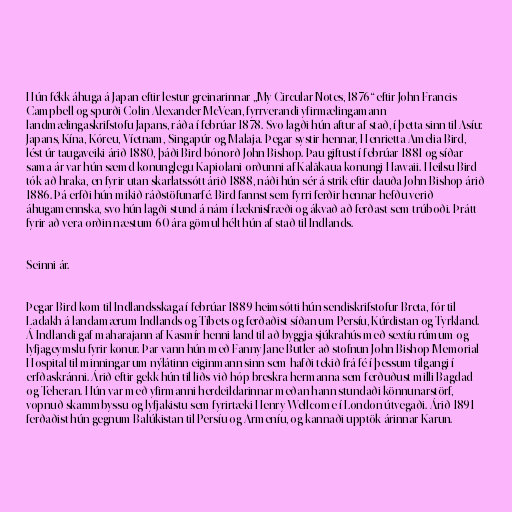
Hún fékk áhuga á Japan eftir lestur greinarinnar „My Circular Notes, 1876“ eftir John Francis
Campbell og spurði Colin Alexander McVean, fyrrverandi yfirmælingamann
landmælingaskrifstofu Japans, ráða í febrúar 1878. Svo lagði hún aftur af stað, í þetta sinn til Asíu:
Japans, Kína, Kóreu, Víetnam, Singapúr og Malaja. Þegar systir hennar, Henrietta Amelia Bird,
lést úr taugaveiki árið 1880, þáði Bird bónorð John Bishop. Þau giftust í febrúar 1881 og síðar
sama ár var hún sæmd konunglegu Kapiolani-orðunni af Kalākaua konungi Hawaii. Heilsu Bird
tók að hraka, en fyrir utan skarlatssótt árið 1888, náði hún sér á strik eftir dauða John Bishop árið
1886. Þá erfði hún mikið ráðstöfunarfé. Bird fannst sem fyrri ferðir hennar hefðu verið
áhugamennska, svo hún lagði stund á nám í læknisfræði og ákvað að ferðast sem trúboði. Þrátt
fyrir að vera orðin næstum 60 ára gömul hélt hún af stað til Indlands.

Seinni ár.

Þegar Bird kom til Indlandsskaga í febrúar 1889 heimsótti hún sendiskrifstofur Breta, fór til
Ladakh á landamærum Indlands og Tíbets og ferðaðist síðan um Persíu, Kúrdistan og Tyrkland.
Á Indlandi gaf maharajann af Kasmír henni land til að byggja sjúkrahús með sextíu rúmum og
lyfjageymslu fyrir konur. Þar vann hún með Fanny Jane Butler að stofnun John Bishop Memorial
Hospital til minningar um nýlátinn eiginmann sinn sem hafði tekið frá fé í þessum tilgangi í
erfðaskránni. Árið eftir gekk hún til liðs við hóp breskra hermanna sem ferðuðust milli Bagdad
og Teheran. Hún var með yfirmanni herdeildarinnar meðan hann stundaði könnunarstörf,
vopnuð skammbyssu og lyfjakistu sem fyrirtæki Henry Wellcome í London útvegaði. Árið 1891
ferðaðist hún gegnum Balúkistan til Persíu og Armeníu, og kannaði upptök árinnar Karun.